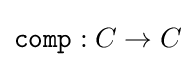
{\mathtt {comp}}:C\to C